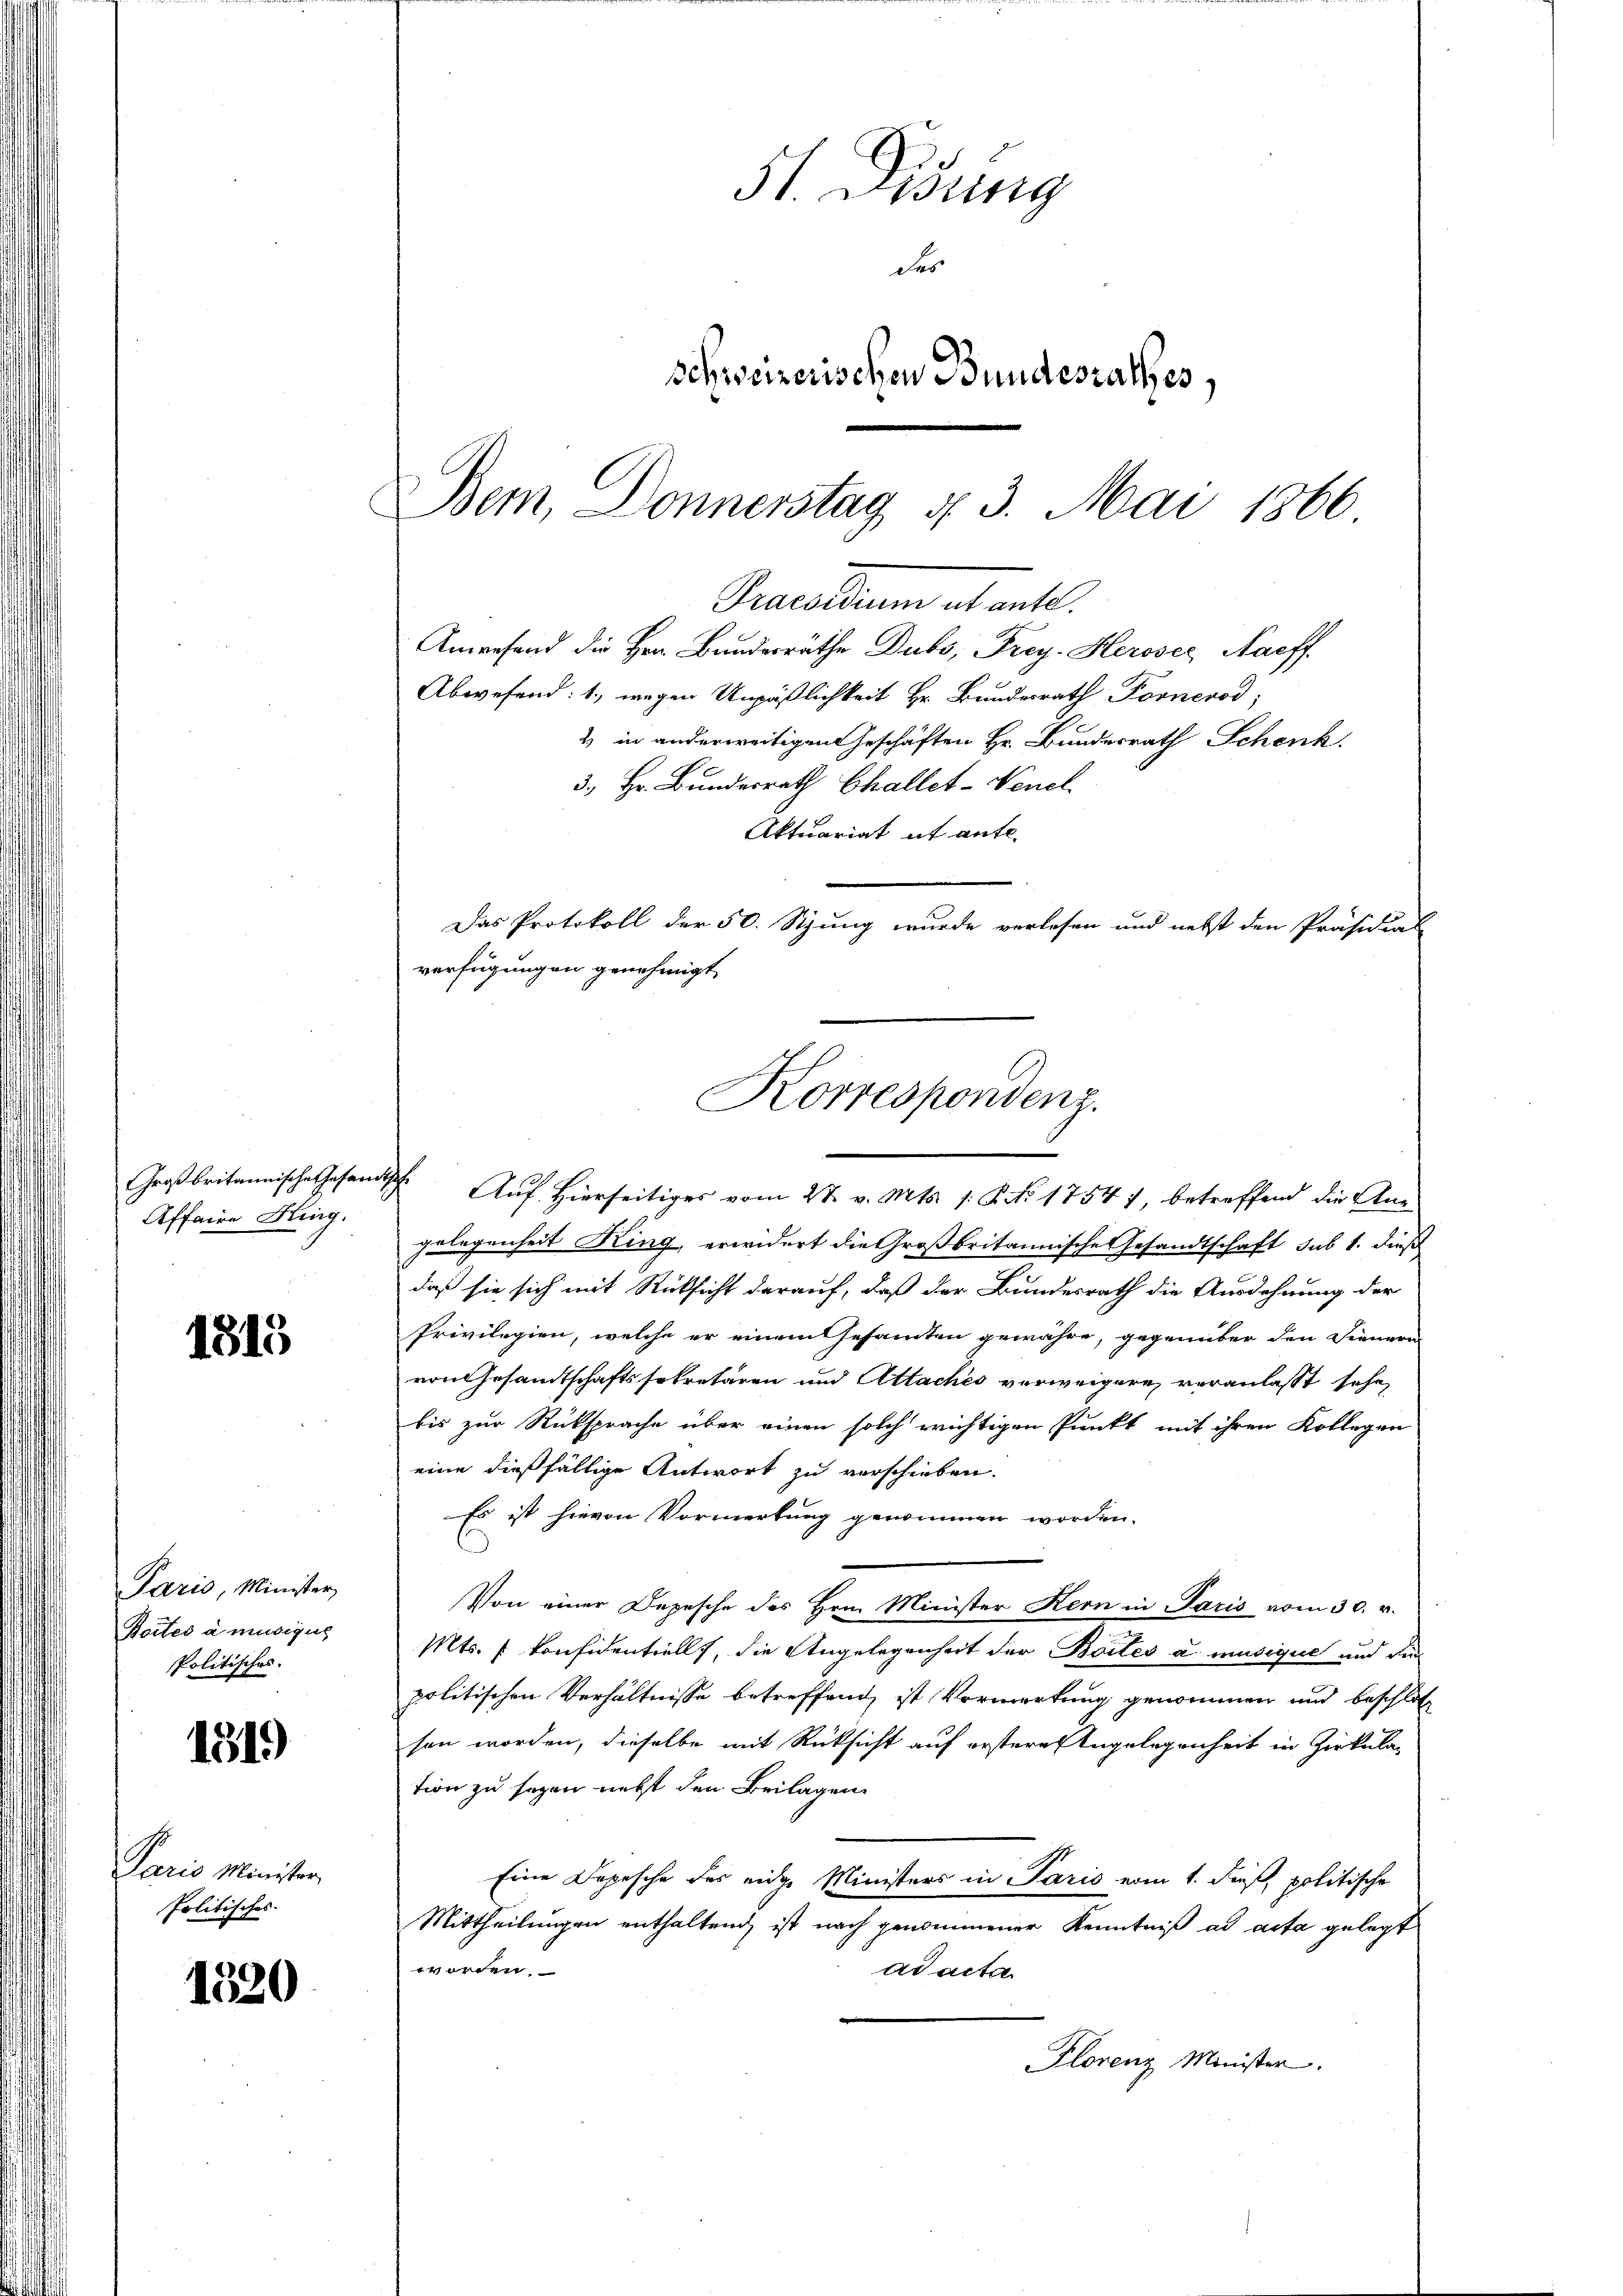
Großbritannischet hasar
Affaire King.

1815

Paris, Minister
Boites a musigus
spolitisches.

1519

Paris Minister
Politisches

1520

Precarium etentl.
Anwesend die Hrn. Bundesräthe Dubs, Frey. Herosec Naeff

Korrespondenz.

St. Lessing
des
schweizerischen Bundesrathes,
Bem, Donnerstag u. 3. Mai 1866

Abwesend: 1., wegen Unpäßlichkeit Hr. Bundesrath Fornerod;
2) in anderweitigen Geschäften Hr. Bundesrath Schenk.
3., Hr. Bundesrath Challet-Venel
Aktuariat it ante-
Das Protokoll der 50. Sizung wurde verlesen und nebst den Präsidial
verfügungen genehmigt

Auf Hierseitiges vom 27. v. Mts. s. Z. 1754), betreffend die Angelegenheit King, erwidert die Großbritannische Gesandtschaft sub 1. dieß
daß sie sich mit Rücksicht darauf, daß der Bundesrath die Ausdehnung der
Privilegien, welche er einem Gesamten gewähre, gegenüber den Dienern
von Gesamtschaftssekretären und Attachés verweigern veranlasst sehe,
bis zur Rüksprache über einen solch wichtigen Punkt mit ihren Kollegen
eine dießfällige Antwort zu verschieben.
Es ist hievon Vormerkung genommen worden.
Von einer Depesche des Hrn. Minister Kern in Paris vom 30. v.
Mts. f. Konfidentiell, die Angelegenheit der Boites u. musique und die
politischen Verhältnisse betreffend, ist Vormerkung genommen und beschloß
sen worden, dieselbe mit Rücksicht auf erstere Angelegenheit in Zirkular
tion zu sagen nebst den Beilagen
Eine Depesche des eidge Ministers in Paris vom 1. dieß, politische
Mittheilungen enthaltend ist nach genommener Kenntniß ad acta gelegt
worden.
ad acta
Plorenz Minister.